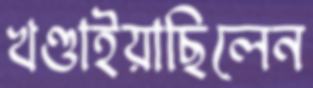
খণ্ডাইয়াছিলেন